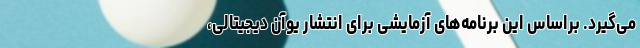
می‌گیرد. براساس این برنامه‌های آزمایشی برای انتشار یوآن دیجیتالی،